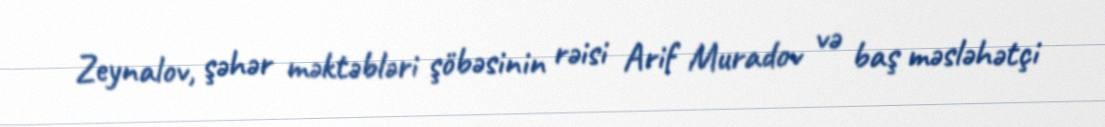
Zeynalov, şəhər məktəbləri şöbəsinin rəisi Arif Muradov və baş məsləhətçi